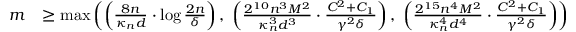
\begin{array} { r l } { m } & { \geq \operatorname* { m a x } \left( \left( \frac { 8 n } { \kappa _ { n } { d } } \cdot \log \frac { 2 n } { \delta } \right) , \; \left( \frac { 2 ^ { 1 0 } n ^ { 3 } M ^ { 2 } } { \kappa _ { n } ^ { 3 } d ^ { 3 } } \cdot \frac { C ^ { 2 } + C _ { 1 } } { \gamma ^ { 2 } \delta } \right) , \; \left( \frac { 2 ^ { 1 5 } n ^ { 4 } M ^ { 2 } } { \kappa _ { n } ^ { 4 } d ^ { 4 } } \cdot \frac { C ^ { 2 } + C _ { 1 } } { \gamma ^ { 2 } \delta } \right) \right) } \end{array}